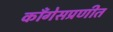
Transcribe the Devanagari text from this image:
काँगेसप्रणीत